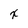
Character: x